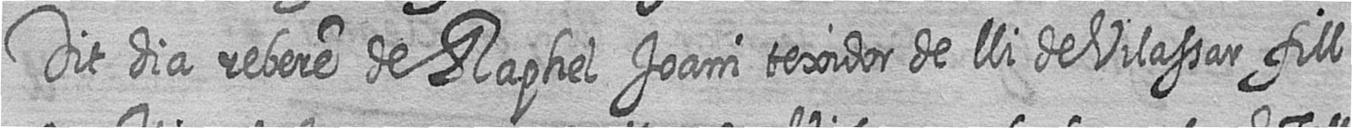
Dit dia rebere de Raphel Joani texidor de lli de Vilassar fill